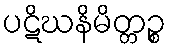
ပဋိဃနိမိတ္တဉ္စ